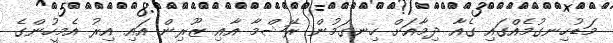
މަޑުހިނގުމެއްގައި ގެއާ ދިމާއަށް ހިނގަމުން ރޭޝްމާ އާއި ޒޫރިން އައި އިރު އެމީހުންގެ